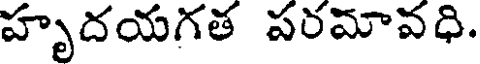
హృదయగత పరమావధి.